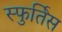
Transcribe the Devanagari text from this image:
स्फुर्तिस